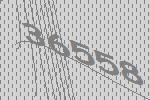
36558